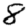
Digit: 8